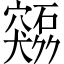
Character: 𫁜